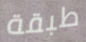
طبقة